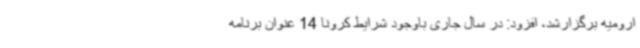
ارومیه برگزارشد، افزود: در سال جاری باوجود شرایط کرونا 14 عنوان برنامه